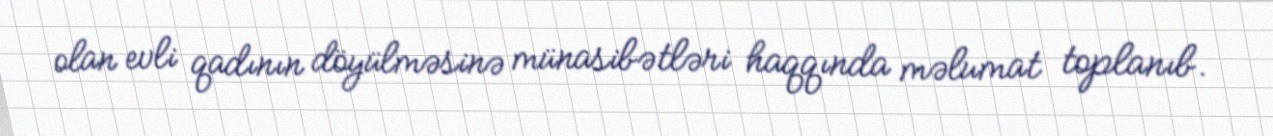
olan evli qadının döyülməsinə münasibətləri haqqında məlumat toplanıb.